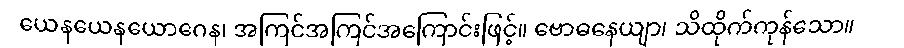
ယေနယေနယောဂေန၊ အကြင်အကြင်အကြောင်းဖြင့်။ ဗောဓနေယျာ၊ သိထိုက်ကုန်သော။